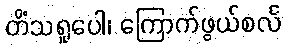
တိံသရူပေါ၊ ကြောက်ဖွယ်စင်္လ